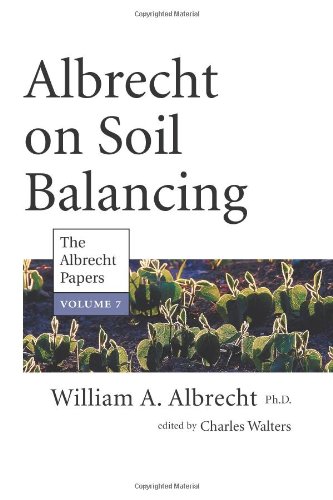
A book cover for Albrecht on Soil Balancing (The Albrecht Papers); Ph.D. William A. Albrecht; Science & Math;